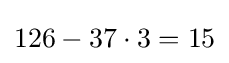
126-37\cdot 3=15